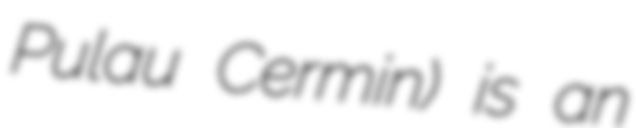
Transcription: Pulau Cermin) is an